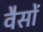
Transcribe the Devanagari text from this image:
वैसों